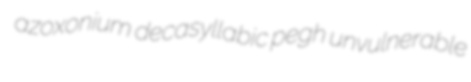
azoxonium decasyllabic pegh unvulnerable